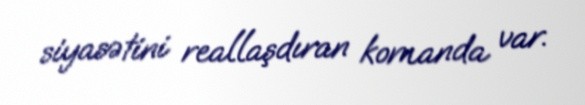
siyasətini reallaşdıran komanda var.